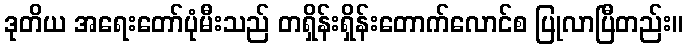
ဒုတိယ အရေးတော်ပုံမီးသည် တရှိန်းရှိန်းတောက်လောင်စ ပြုလာပြီတည်း။